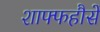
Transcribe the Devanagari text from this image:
शाफ्फहौसें